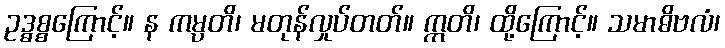
ဥဒ္ဓစ္စကြောင့်။ န ကမ္ပတိ၊ မတုန်လှုပ်တတ်။ ဣတိ၊ ထို့ကြောင့်။ သမာဓိဗလံ၊